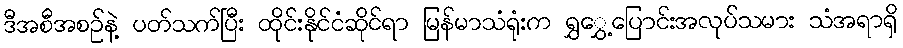
ဒီအစီအစဉ်နဲ့ ပတ်သက်ပြီး ထိုင်းနိုင်ငံဆိုင်ရာ မြန်မာသံရုံးက ရွှွှေ့ပြောင်းအလုပ်သမား သံအရာရှိ